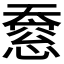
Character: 𫯸